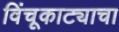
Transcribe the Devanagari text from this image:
विंचूकाट्याचा